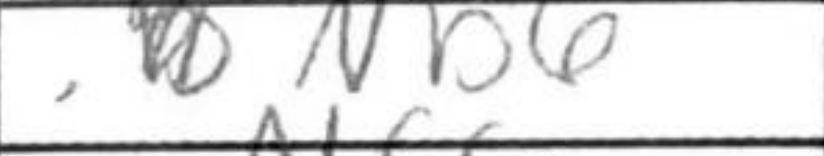
Transcription: Nb6